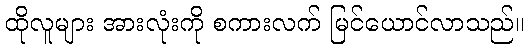
ထိုလူများ အားလုံးကို စကားလက် မြင်ယောင်လာသည်။